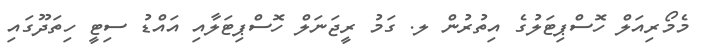
މެމޯރިއަލް ހޮސްޕިޓަލުގެ އިތުރުން ލ. ގަމު ރީޖަނަލް ހޮސްޕިޓަލާއި އައްޑު ސިޓީ ހިތަދޫގައި